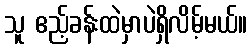
သူ ဧည့်ခန်းထဲမှာပဲရှိလိမ့်မယ်။